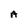
Character: A